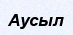
Аусыл